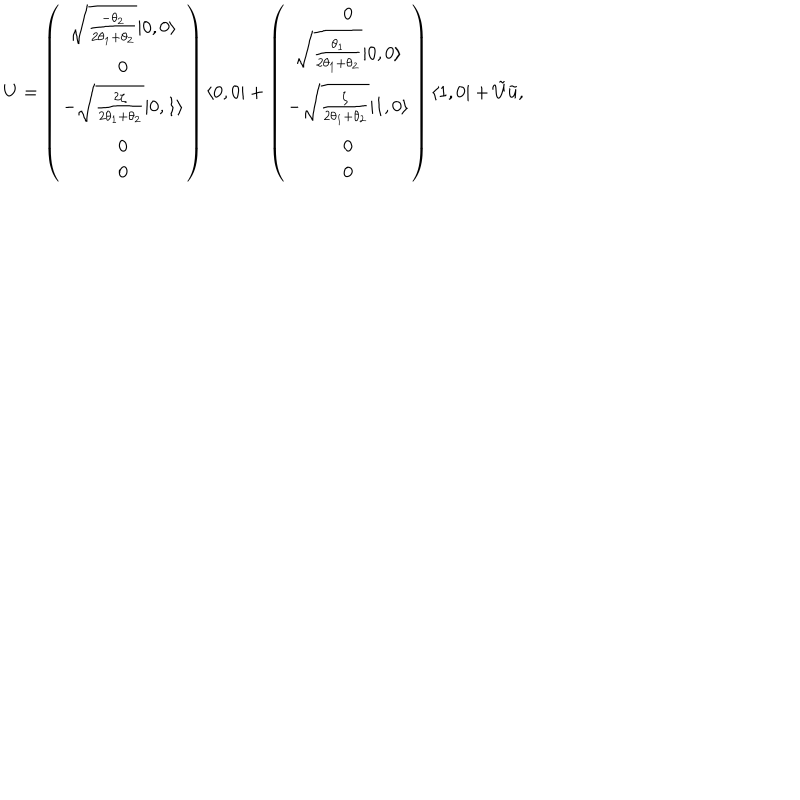
LaTeX: U = \left( \begin{array} { c } { { \sqrt { \frac { - \theta _ { 2 } } { 2 \theta _ { 1 } + \theta _ { 2 } } } | 0 , 0 \rangle } } \\ { { 0 } } \\ { { - \sqrt { \frac { 2 \zeta } { 2 \theta _ { 1 } + \theta _ { 2 } } } | 0 , 1 \rangle } } \\ { { 0 } } \\ { { 0 } } \\ \end{array} \right) \langle 0 , 0 | + \left( \begin{array} { c } { { 0 } } \\ { { \sqrt { \frac { \theta _ { 1 } } { 2 \theta _ { 1 } + \theta _ { 2 } } } | 0 , 0 \rangle } } \\ { { - \sqrt { \frac { \zeta } { 2 \theta _ { 1 } + \theta _ { 2 } } } | 1 , 0 \rangle } } \\ { { 0 } } \\ { { 0 } } \\ \end{array} \right) \langle 1 , 0 | + \tilde { U } \tilde { u } ,